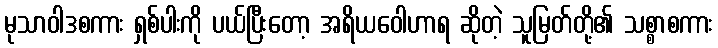
မုသာဝါဒစကား ရှစ်ပါးကို ပယ်ပြီးတော့ အရိယဝေါဟာရ ဆိုတဲ့ သူမြတ်တို့၏ သစ္စာစကား